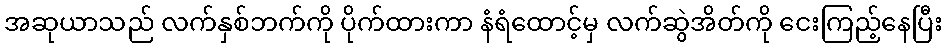
အဆုယာသည် လက်နှစ်ဘက်ကို ပိုက်ထားကာ နံရံထောင့်မှ လက်ဆွဲအိတ်ကို ငေးကြည့်နေပြီး